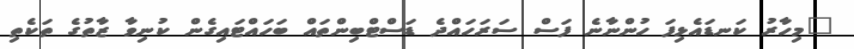
"މިހާރު ކަނޑައެޅިފަ ހުންނާނެ ފަސް ސަރަހައްދެ ޑަސްޓްބިންތައް ބަހައްޓައިގެން ކުނިވާ ޒާތުގެ ތަކެތި